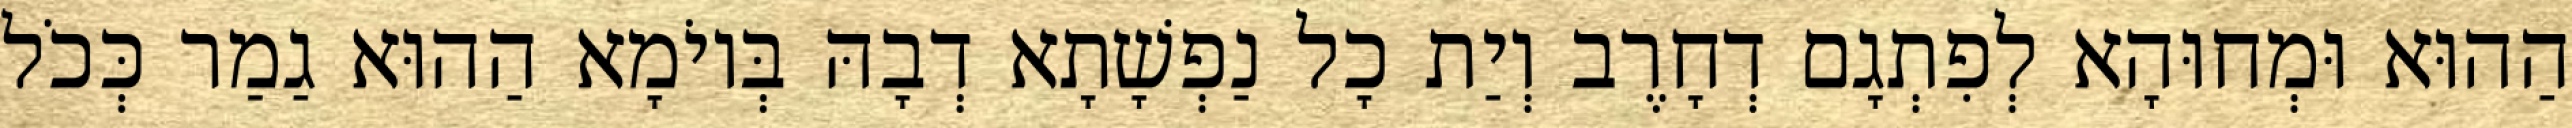
הַהוּא וּמְחוּהָא לְפִתְגָם דְחָרֶב וְיַת כָל נַפְשָׁתָא דְבָהּ בְּיוֹמָא הַהוּא גַמַר כְּכֹל